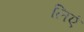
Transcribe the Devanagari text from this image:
लिएं